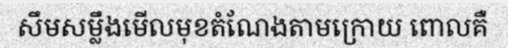
សឹមសម្លឹងមើលមុខតំណែងតាមក្រោយ ពោលគឺ